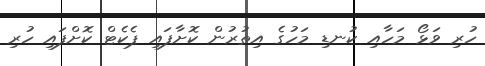
ހުރި ވަޅޯ މަހާއި ކުނޑި މަހުގެ އިތުރުން ކޮށާފައި ޕެކެޓް ކޮށްފައި ހުރި